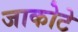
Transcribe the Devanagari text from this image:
जाकोटे